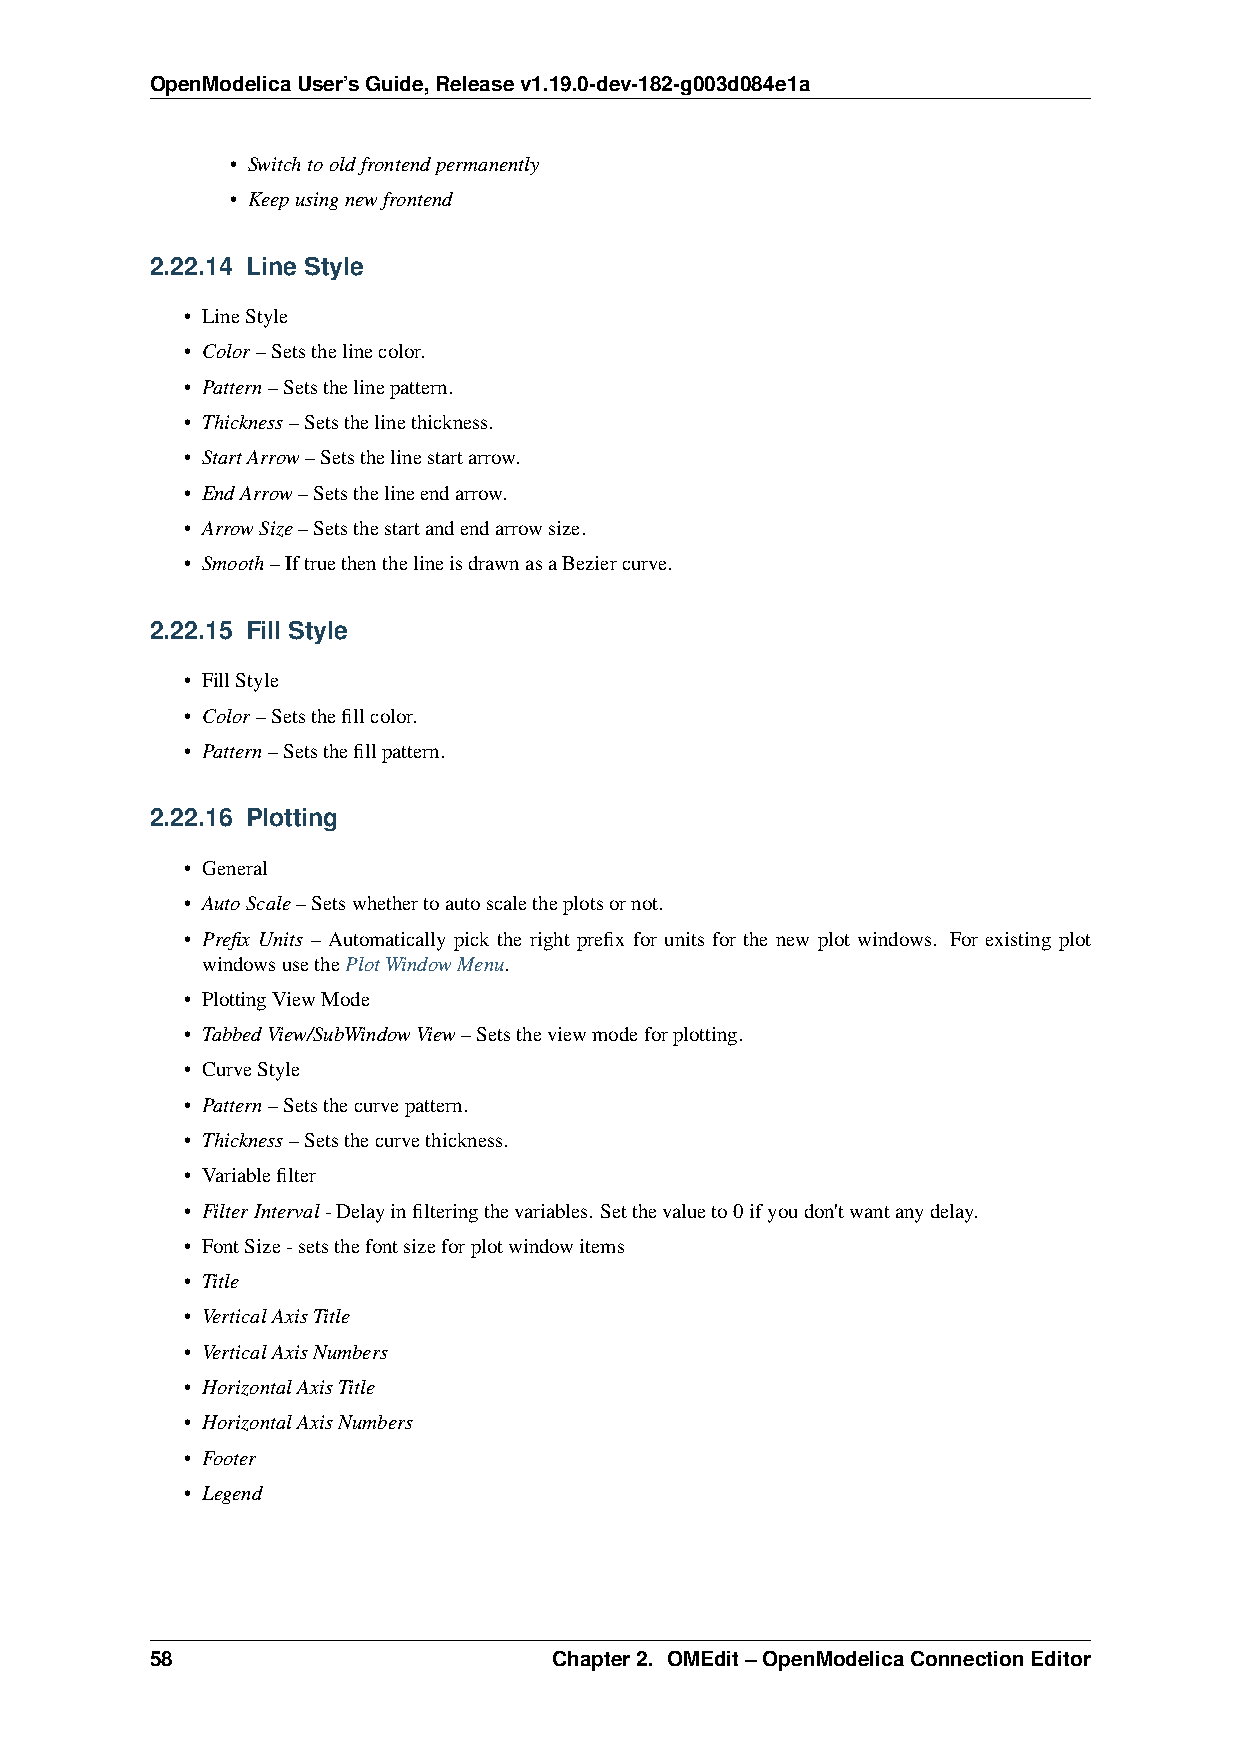
OpenModelicaUser’sGuide,Releasev1.19.0-dev-182-g003d084e1a
 • Switchtooldfrontendpermanently
 • Keepusingnewfrontend
 2.22.14 Line Style
 • LineStyle
 • Color–Setsthelinecolor.
 • Pattern–Setsthelinepattern.
 • Thickness–Setsthelinethickness.
 • StartArrow–Setsthelinestartarrow.
 • EndArrow–Setsthelineendarrow.
 • ArrowSize–Setsthestartandendarrowsize.
 • Smooth–IftruethenthelineisdrawnasaBeziercurve.
 2.22.15 Fill Style
 • FillStyle
 • Color–Setsthefillcolor.
 • Pattern–Setsthefillpattern.
 2.22.16 Plotting
 • General
 • AutoScale–Setswhethertoautoscaletheplotsornot.
 • Prefix Units – Automatically pick the right prefix for units for the new plot windows. For existing plot
 windowsusethePlotWindowMenu.
 • PlottingViewMode
 • TabbedView/SubWindowView–Setstheviewmodeforplotting.
 • CurveStyle
 • Pattern–Setsthecurvepattern.
 • Thickness–Setsthecurvethickness.
 • Variablefilter
 • FilterInterval-Delayinfilteringthevariables. Setthevalueto0ifyoudon'twantanydelay.
 • FontSize-setsthefontsizeforplotwindowitems
 • Title
 • VerticalAxisTitle
 • VerticalAxisNumbers
 • HorizontalAxisTitle
 • HorizontalAxisNumbers
 • Footer
 • Legend
 58                         Chapter2. OMEdit–OpenModelicaConnectionEditor